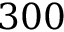
3 0 0